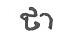
ថា